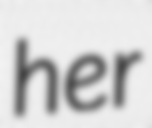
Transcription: her